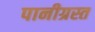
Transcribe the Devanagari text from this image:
पानीग्रस्त